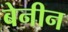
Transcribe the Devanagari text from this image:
बेनीन